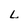
Character: L